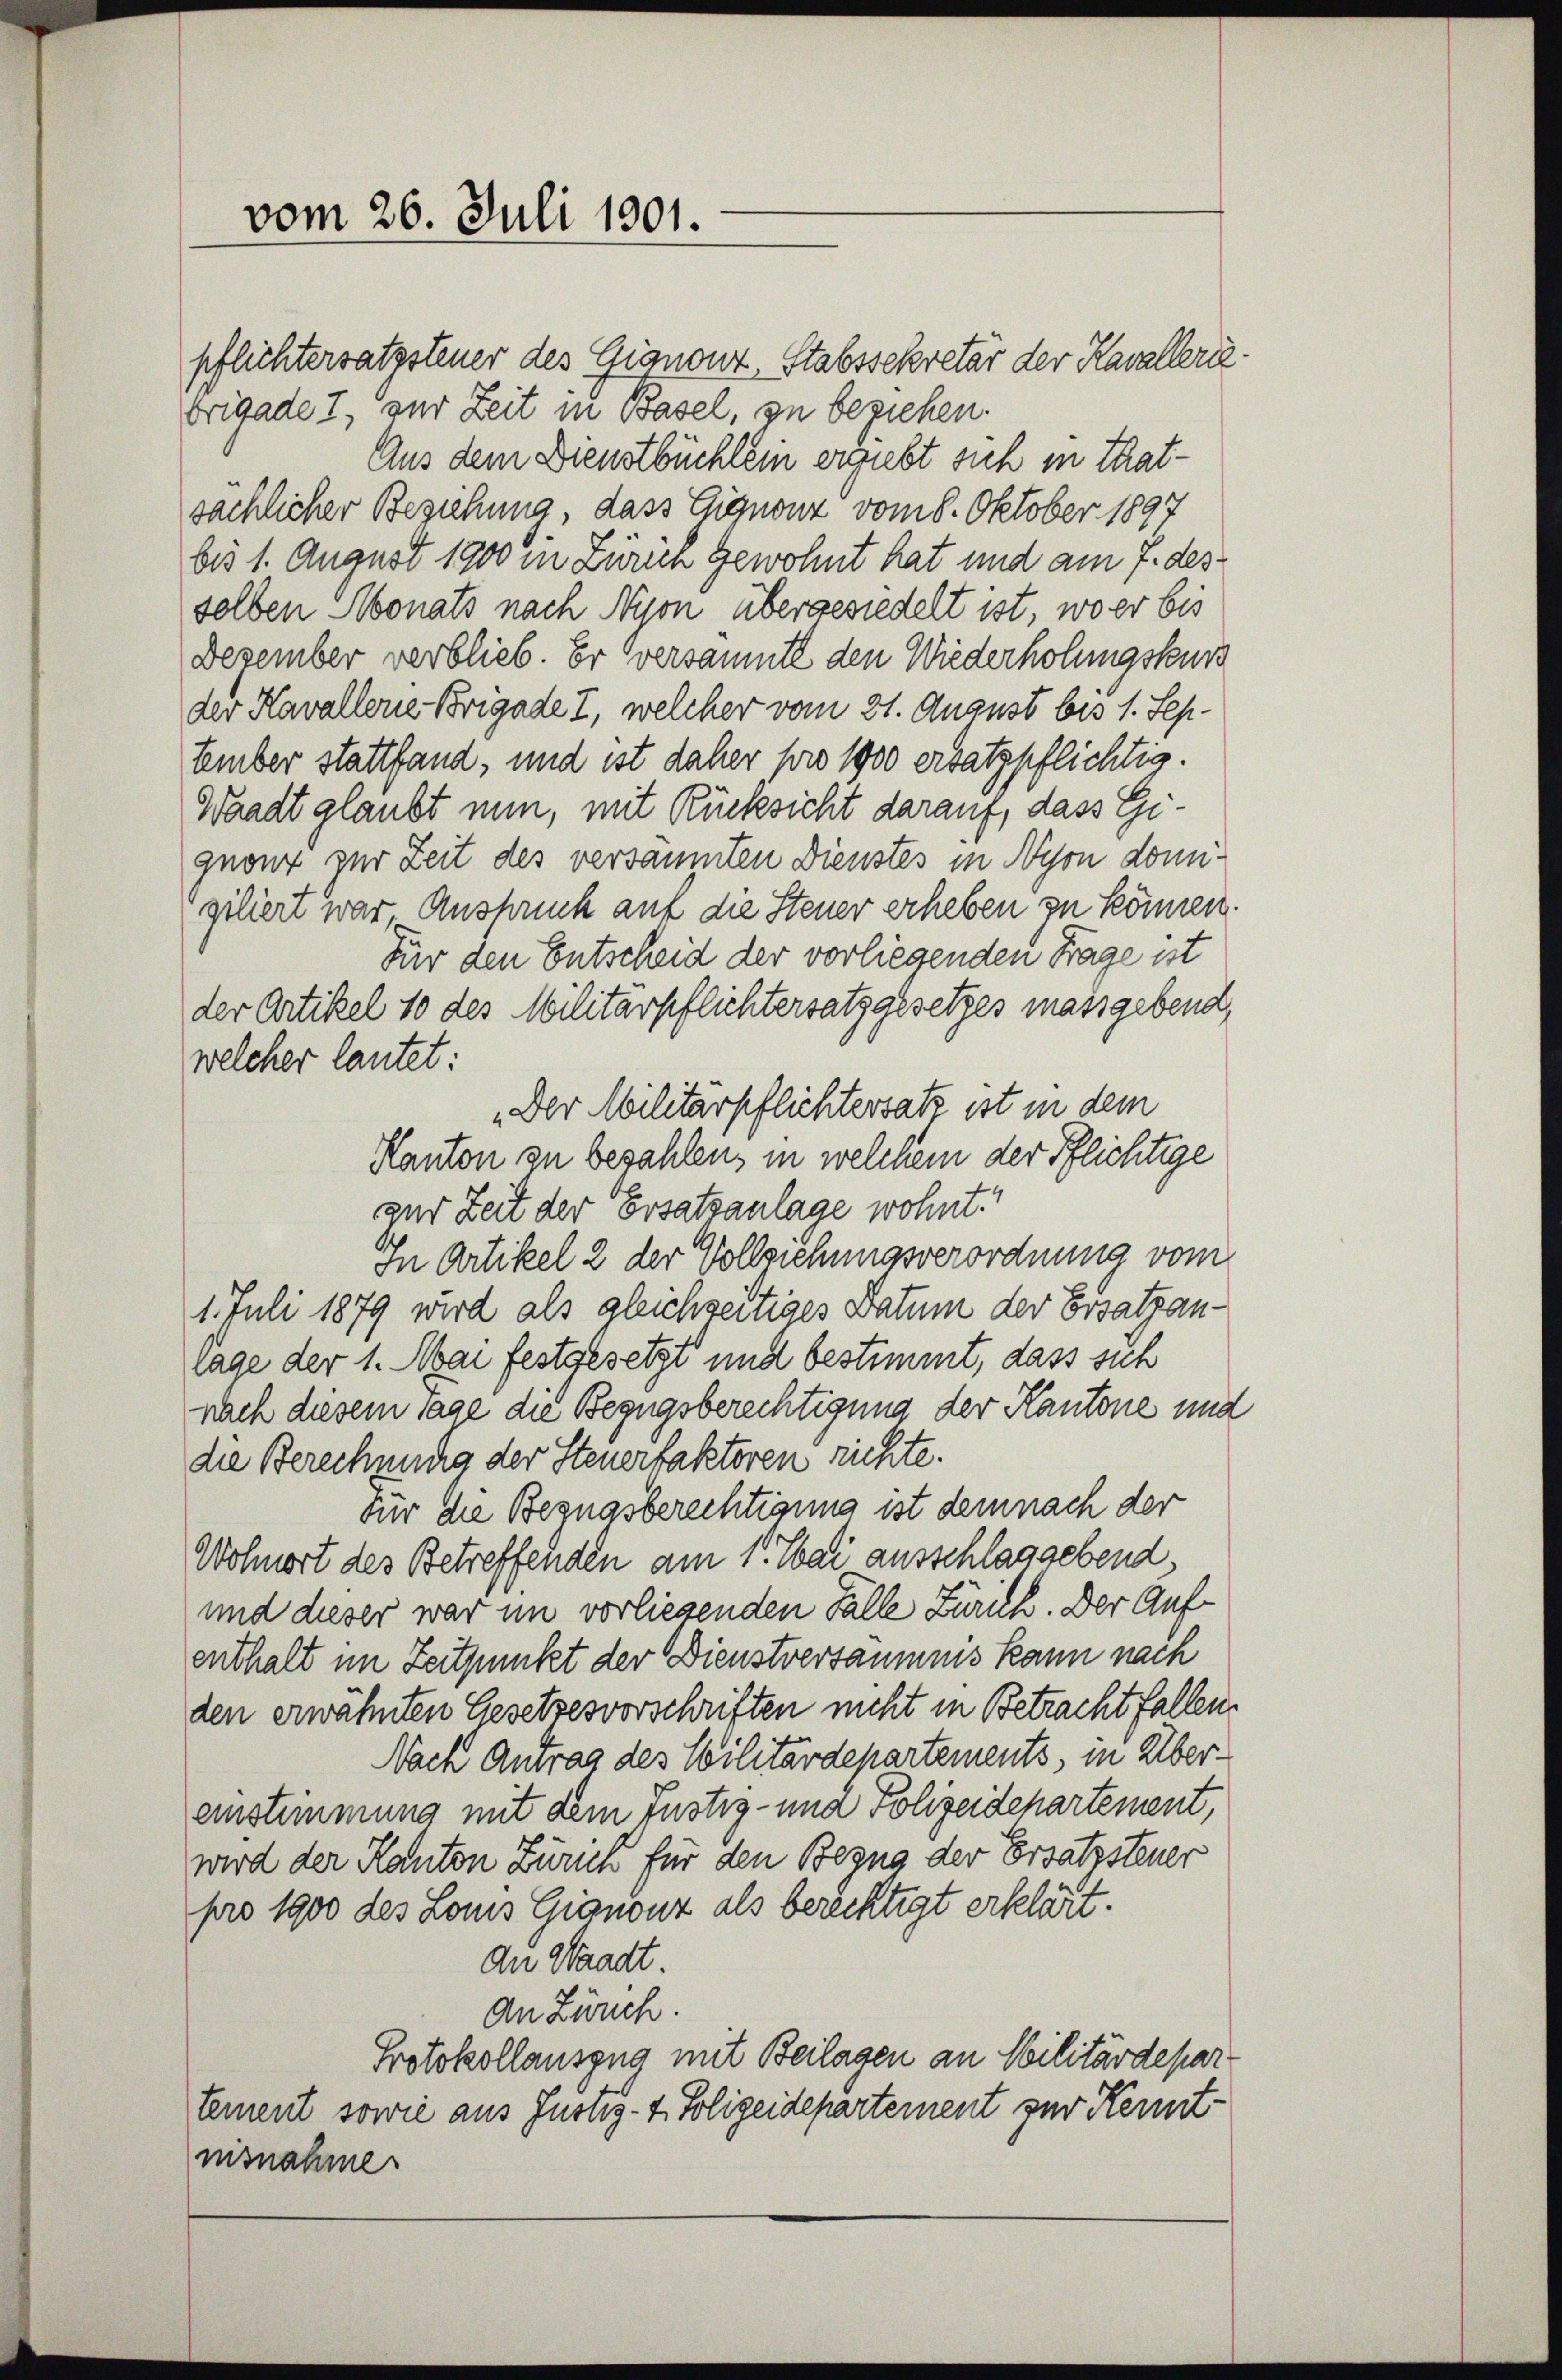
vom 26. Juli 1901.

„Der Militärpflichtersatz ist in dem

pflichtersatzsteuer des Gignonz, Stabssekretär der Kavalleribrigade 7, zur Zeit in Basel, zu beziehen.
Aus dem Dienstbüchlein ergiebt sich in Thatsächlicher Beziehung, dass Eignonz vom 8. Oktober 1897
bis 1. August 1900 in Zürich Gewohnt hat und am 7. desselben Monats nach Nyon übergesiedelt ist, wo er bis
Dezember verblieb. Er versammte den Wiederholungskurs
der Kavallene Brigade I, welcher vom 31. August bis 1. Sep.
tember stattfand, und ist daher pro 1900 ersatzpflichtig.
Waadt glaubt nun, mit Rücksicht darauf, dass Gignonz zur Zeit des versammten Dienstes in Nyon domigiliert war Anspruch auf die Steuer erheben zu können.
Für den Entscheid der vorliegenden Frage ist
der Artikel 10 des Militärpflichtersatz gesetzes massgebend,
welcher lautet:
Kanton zu bezahlen, in welchem der Pflichtige
gar Zeit der Ersatzanlage wohnt.
In Artikel 2 der Vollziehungsverordnung vom
1. Juli 1879 wird als gleichzeitiges Datum der Ersatzan-
lage der 1. Mai festgesetzt und bestimmt, dass sich
nach diesem sage die Bezugsberechtigung der Kantone und
die Berechnung der Steuerfakteren richte.
Für die Begnasberechtigung ist demnach der
Wohnort des Betreffenden am 1. Mai ausschlaggebend
und dieser war im vorliesenden Fälle Zürich. Der Aufenthalt im Zeitpunkt der Dienstversäumnis kann nach
den erwähnten Gesetzesvorschriften nicht in Betracht fallen.
Nach Antrag des Militärdepartements, in Übereinstimmung mit dem Justiz- und Polizeidchartement,
wird der Kanton Zürich für den Begna der Ersatzsteuer
pro 1900 des Louis Gignonz als berechtigt erklärt.
dn Waadt
An Zürich.
Protokollauszug mit Beilagen an Militärdepar
tement sowie aus Justiz-4. Polizeidepartement zur Kenntnisnahme